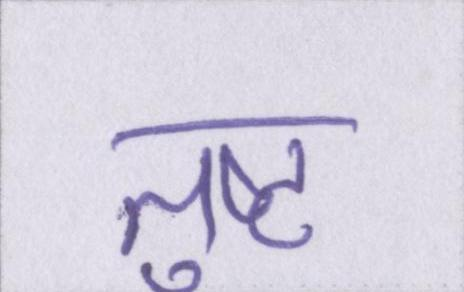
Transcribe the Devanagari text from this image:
तुष्ट